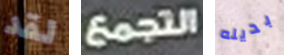
لقد التجمع بديله